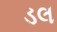
ડલ